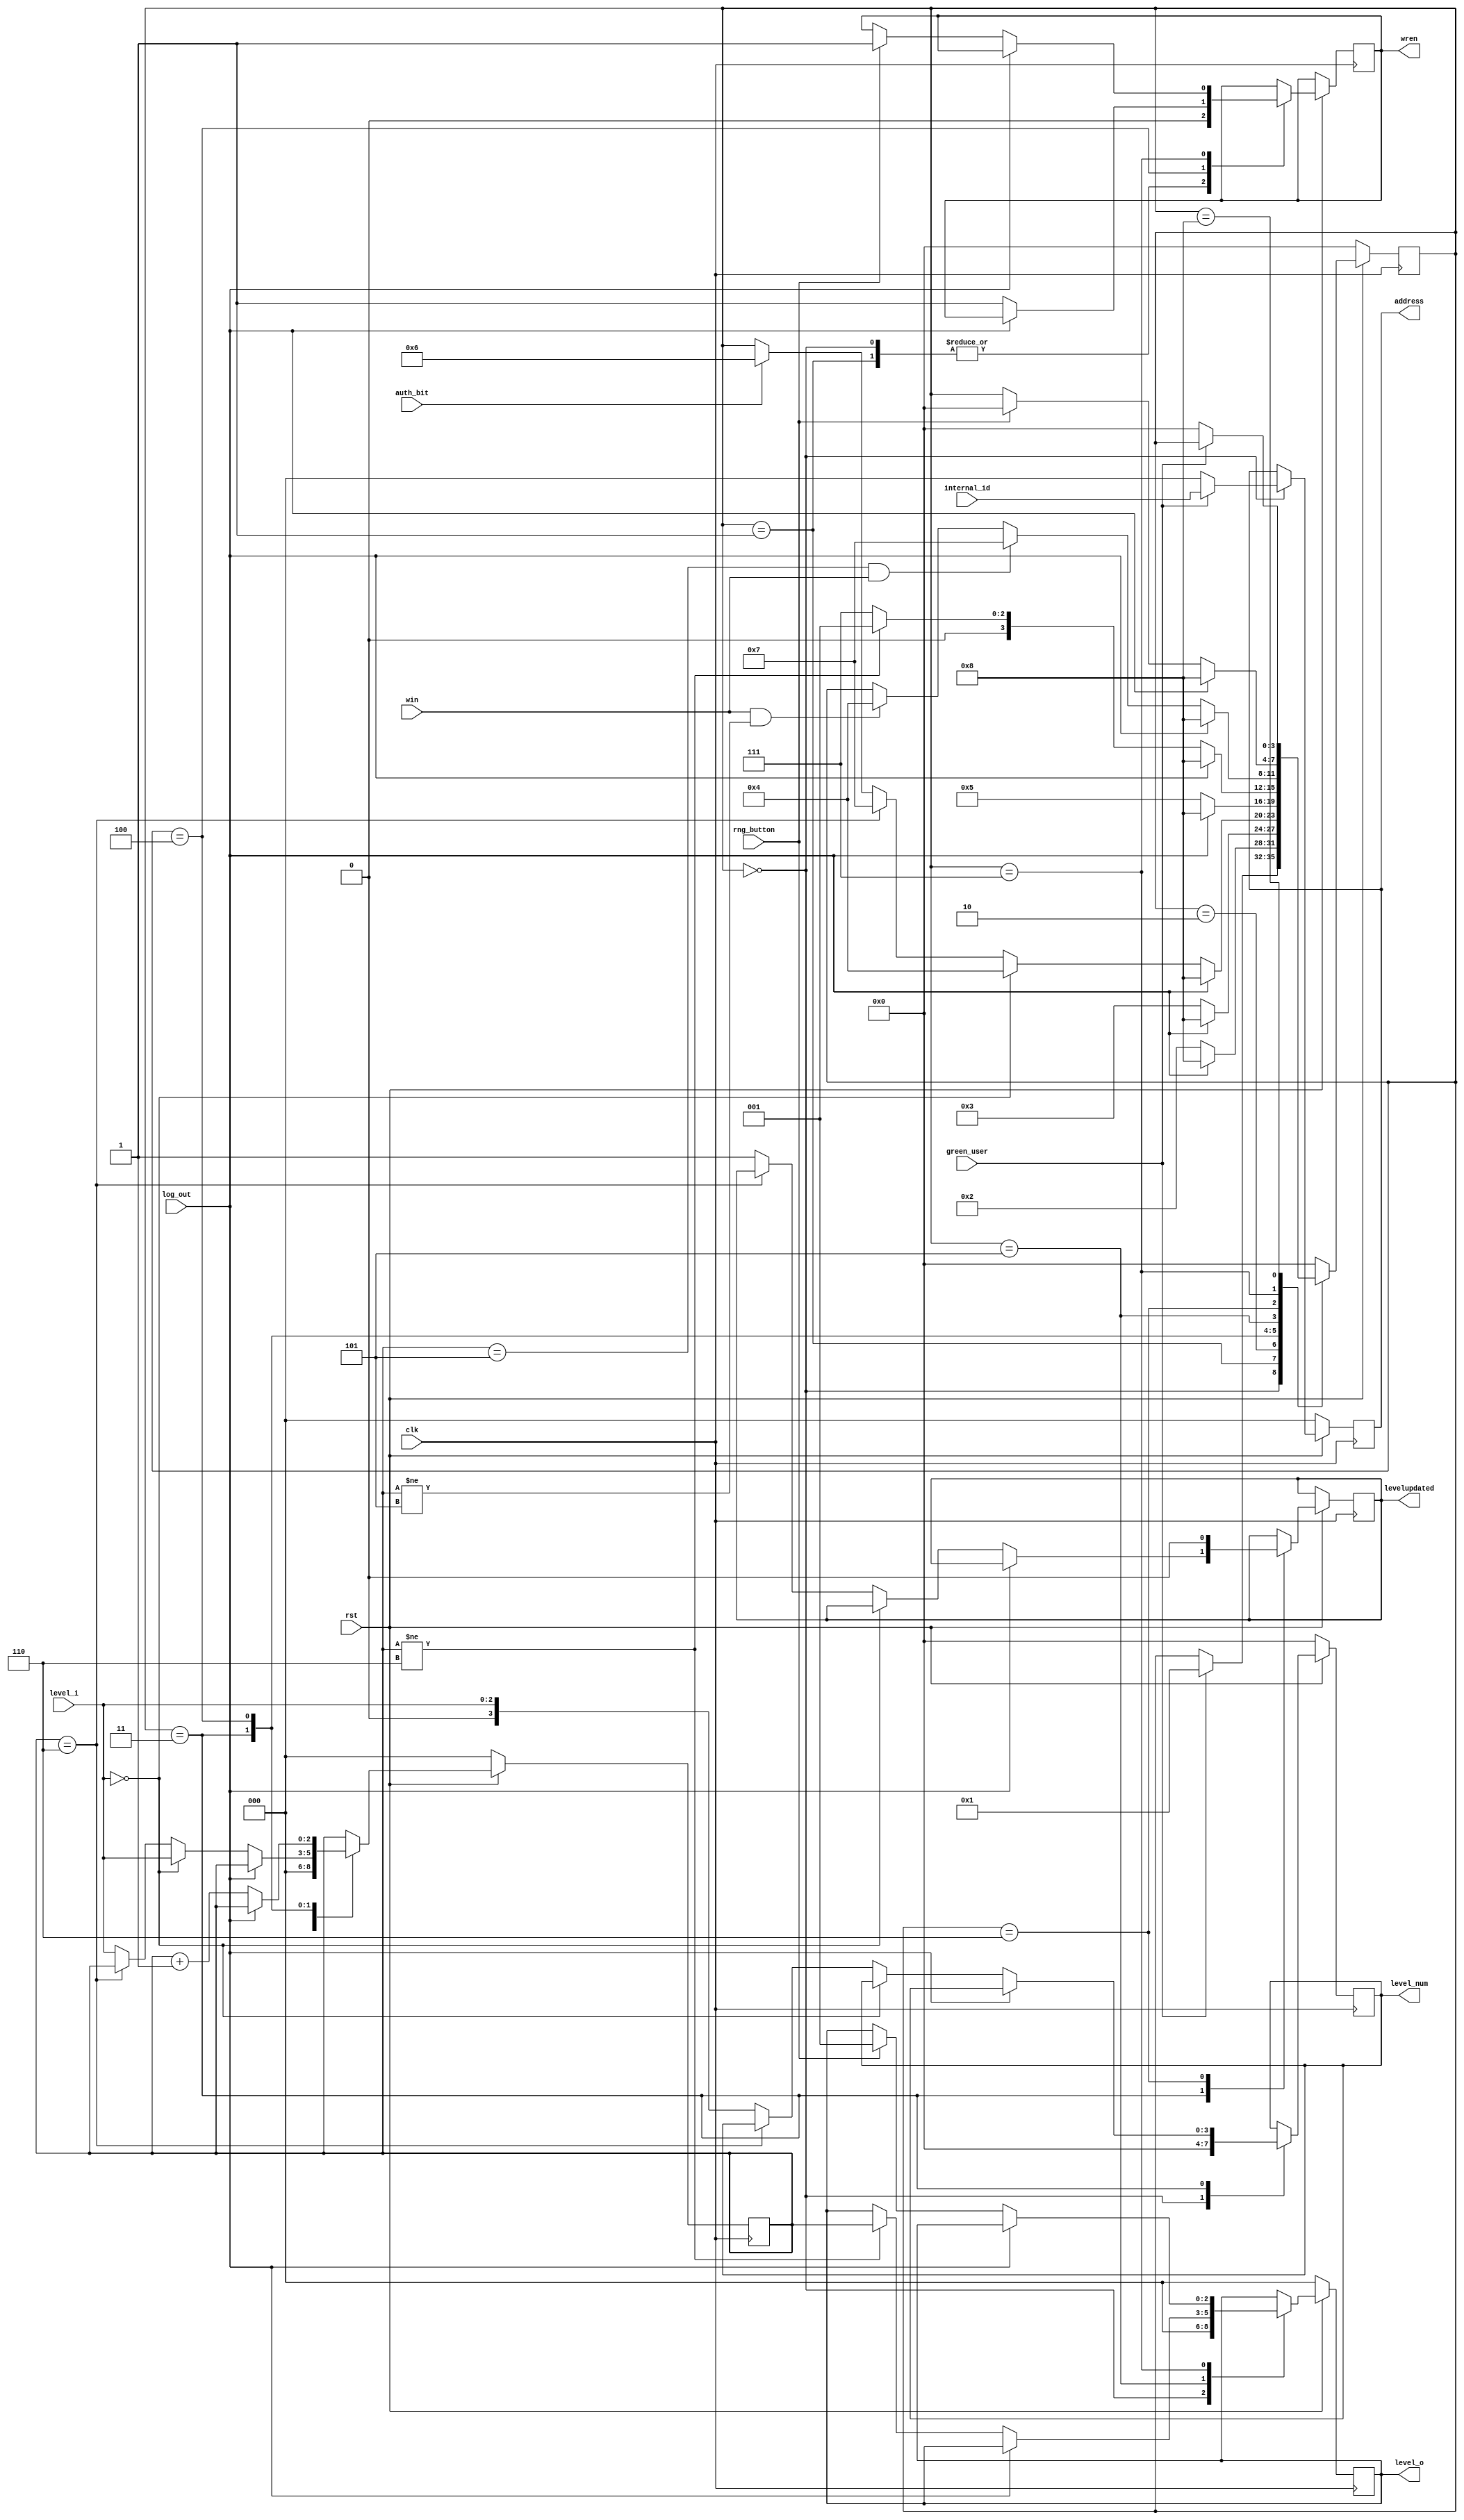
module Level_Controller(levelupdated,green_user,rng_button,log_out,internal_id,auth_bit,win,address,level_i,level_o,wren,level_num,clk,rst);
//Decalring input and output signals
 input [2:0] internal_id,level_i;
 input auth_bit,clk,rst,rng_button,log_out,green_user;
 input win;
 output reg [2:0] address,level_o;
 output reg [3:0] level_num;
 output reg wren,levelupdated;
 
//Declaring state register and the state values
 reg [3:0] state;
 reg [2:0] level;
 parameter INIT=0,wait1=1,wait2=2,level_check=3,level_inc=4,level_update=5,win_wait=6,halt=7,halt2=8;

//Begin functionality procedure
 always @(posedge clk)
 begin
 if(rst==0)
 begin
  address<=3'b000;
  level_o<=3'b000;
  level_num<=4'b0000;
  level<=3'b000;
  state<=INIT;
 end
 else
 begin
  case(state)
  INIT:
  begin
   address<=3'b000;
   wren<=0;
   level_o<=3'b000;
   level_num<=4'b0000;
   level<=3'b000;
   if(green_user==1)
   begin
   address<=internal_id;
   state<=wait1;
   end
  end
  wait1:
  begin
   wren<=0;
   if(log_out==1)
   begin
    state<=halt2;
   end
   else state<=wait2;
  end
  wait2:
  begin
   if(log_out==1)
   begin
    state<=halt2;
   end
   else state<=level_check;
  end
  level_check:
  begin
   if(log_out==1)
   begin
    state<=halt2;
   end 
   else if(level_i==3'b000)
   begin
    level<=level_i;
    state<=level_inc;
   end
   else if(level==3'b110)
   begin
    state<=halt;
   end
   else
   begin
    level<=level_i;
    level_num<={1'b0,level_i};
    levelupdated<=1;
    if(auth_bit==1)
    state<=win_wait;
   end
  end
  level_inc:
  begin
   if(log_out==1)
   begin
    state<=halt2;
   end
   else 
   begin
   level<=level+3'b001;
   wren<=1;
   state<=level_update;
   end
  end
  level_update:
  begin
   if(log_out==1)
   begin
    state<=halt2;
   end
   else if(level!=3'b110)
   begin
    level_o<=level;
    state<=wait1;
   end
   else state<=halt;
  end
  win_wait:
  begin
   levelupdated<=0;
   if(log_out==1)
   begin
    state<=halt2;
   end
   else if(level==3'b101 && win==1)
    state<=halt;
   else if(win==1 && level!=3'b101)
   begin
    state<=level_inc;
   end
  end
  halt:
  begin
   if(log_out==1)
   begin
    state<=halt2;
   end
   else if(rng_button==1)
   begin
    wren<=1;
    level_o<=3'b001;
    state<=INIT;
   end
  end
  halt2:
  begin
   if(green_user==0)
    state<=INIT;
  end
  default:
  begin
   state<=INIT;
  end
  endcase
 end
 end
endmodule